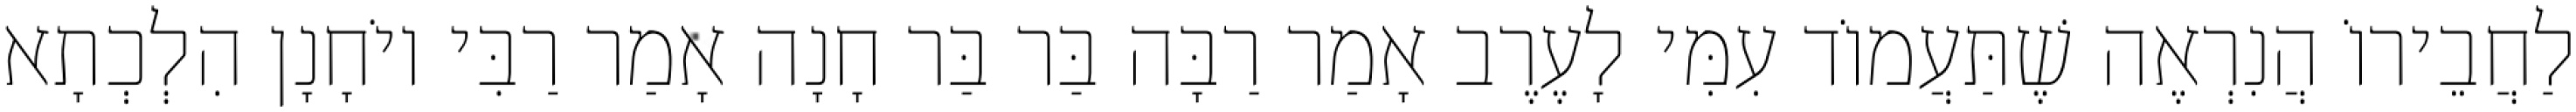
לַחֲבֵירוֹ הֲנִרְאֶה שֶׁתַּעֲמוֹד עִמִּי לָעֶרֶב אָמַר רַבָּה בַּר בַּר חָנָה אָמַר רַבִּי יוֹחָנָן הִלְכְתָא